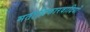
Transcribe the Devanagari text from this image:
मताधिकारवादियों